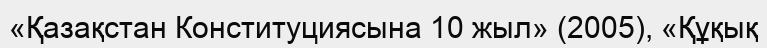
«Қазақстан Конституциясына 10 жыл» (2005), «Құқық